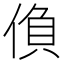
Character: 偩